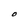
Character: O